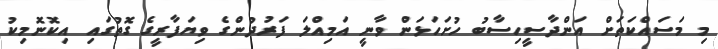
މި މަސައްކަތަށް އަންދާސީހިސާބު ހުށަހަޅަން ވާނީ އަމިއްލަ ފަރުދުންގެ ވިޔަފާރީގެ ގޮތުގައި އިކޮނޮމިކު